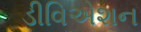
ડીવિએશન